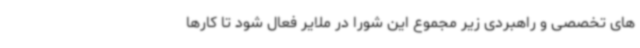
های تخصصی و راهبردی زیر مجموع این شورا در ملایر فعال شود تا کارها